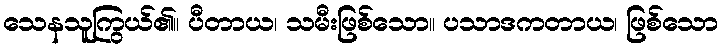
သေနသူကြွယ်၏။ ပီတာယ၊ သမီးဖြစ်သော။ ပသာဒကတာယ၊ ဖြစ်သော